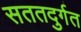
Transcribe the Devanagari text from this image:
सततदुर्गत